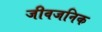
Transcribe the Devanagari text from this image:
जीवजनिक